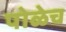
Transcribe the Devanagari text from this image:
पोळेच